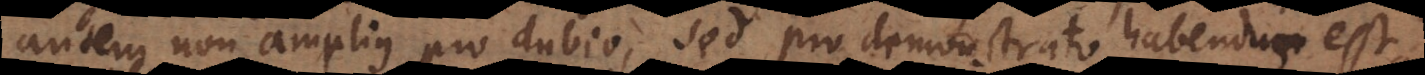
autem non amplius pro dubio, sed pro demonstrato habendus est